Insane asylums in Bengal annual reports 1876-1887 - 1876-1887
Year: 1876
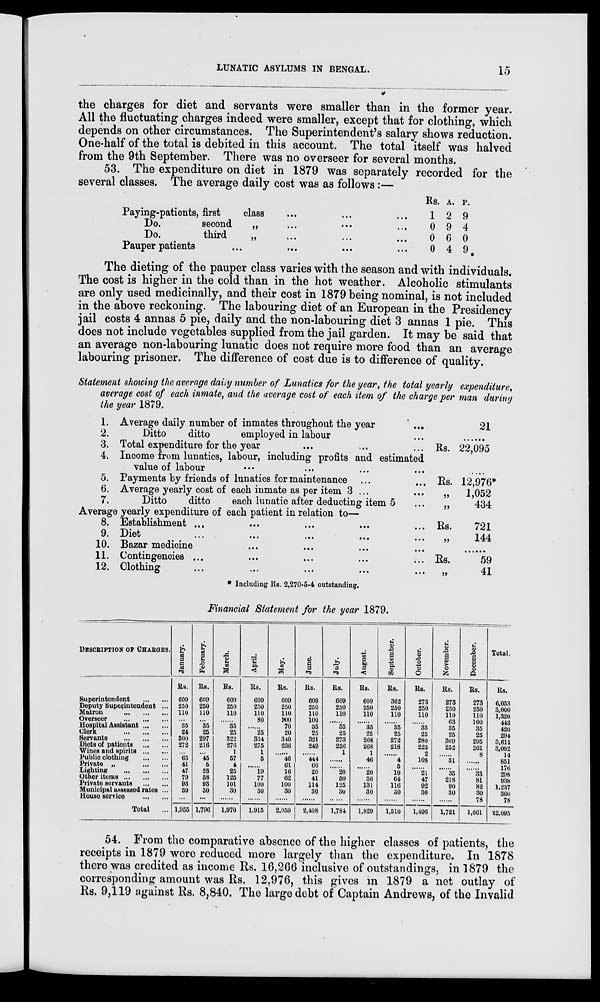
LUNATIC ASYLUMS IN BENGAL.
15
the charges for diet and servants were smaller than in the former year.
All the fluctuating charges indeed were smaller, except that for clothing, which
depends on other circumstances. The Superintendent's salary shows reduction.
One-half of the total is debited in this account. The total itself was halved
from the 9th September. There was no overseer for several months.
several classes.
53. The expenditure on diet in 1879 was separately recorded for the
The average daily cost was as follows:—
Paying-patients, first class ... ... ...
Do.
second
„ ... ... ...
Do.
third
„ ... ... ...
Pauper patients ... ... ... ...
Rs.
1
0
0
0
A.
2
9
6
4
P.
9
4
0
9
The dieting of the pauper class varies with the season and with individuals.
The cost is higher in the cold than in the hot weather. Alcoholic stimulants
are only used medicinally, and their cost in 1879 being nominal, is not included
in the above reckoning. The labouring diet of an European in the Presidency
jail costs 4 annas 5 pie, daily and the non-labouring diet 3 annas 1 pie. This
does not include vegetables supplied from the jail garden. It may be said that
an average non-labouring lunatic does not require more food than an average
labouring prisoner. The difference of cost due is to difference of quality.
Statement showing the average daily number of Lunatics for the year, the total yearly expenditure,
average cost of each inmate, and the average cost of each item of the charge per man during
the year 1879.
1.
2.
3.
4.
5.
6.
7.
Average daily number of inmates throughout the year
Ditto
ditto
employed in labour ...
Total expenditure for the year ... ... ...
Rs.
21
22,095
Income from lunatics, labour, including profits and estimated
value of labour
...
...
...
...
...
Payments by friends of lunatics for maintenance ... ...
Average yearly cost of each inmate as per item 3 ... ...
Ditto
ditto
each lunatic after deducting item 5 ...
Rs.
„
„
12,976*
1,052
434
Average yearly expenditure of each patient in relation to—
8.
9.
10.
11.
12.
Establishment ... ... ... ... ...
Died
...
...
...
...
...
Bazar medicine ... ... ... ...
Contingencies ...
Clothing ... ... ... ... ...
Rs.
„
Rs.
„
721
144
......
59
41
* Including Rs. 2,270-5-4 outstanding.
Financial Statement for the year 1879.
DESCRIPTION OF CHARGES.
Superintendent
... ...
Deputy Superintendent ...
Matron
... ... ...
Overseer ... ... ...
Hospital Assistant ... ...
Clerk
... ... ...
Servants
... ... ...
Diets of patients ... ...
Wines and spirits
... ...
Public clothing ... ...
Private „
...
...
Lighting
...
... ...
Other items ... ... ...
Private servants
... ...
Municipal assessed rates ...
House service ... ...
Total ...
January.
Rs.
609
250
110
...
35
24
300
272
...
65
41
47
79
93
30
...
1,955
February.
Rs.
609
250
110
...
35
25
297
216
...
45
5
23
58
93
30
...
1,796
March.
Rs.
609
250
110
......
35
25
322
276
1
57
4
25
125
101
30
......
1,970
April.
Rs.
609
250
110
80
......
25
334
275
1
5
......
19
77
100
30
......
1,915
May.
Rs.
609
250
110
100
70
20
340
236
......
46
61
16
62
100
30
......
2,050
June.
Rs.
609
250
110
100
35
25
321
249
......
444
60
20
41
114
30
......
2,408
July.
Rs.
609
250
110
......
35
25
273
256
1
......
......
20
50
125
30
1,784
August.
Rs.
609
250
110
......
35
25
268
268
1
46
......
20
36
131
30
......
1,829
September.
Rs.
362
250
110
......
35
25
272
218
......
4
5
19
64
116
30
1,510
October.
Rs.
273
250
110
......
35
25
280
223
2
108
......
21
47
92
30
1,496
November.
Rs.
273
250
110
63
35
25
309
252
......
31
......
35
218
90
30
......
1,721
December.
Rs.
273
250
110
100
35
25
295
261
8
......
......
33
81
82
30
78
1,661
Total.
Rs.
6,053
3,000
1,320
443
420
294
3,611
3,002
14
851
176
298
938
1,237
360
78
22,095
54. From the comparative absence of the higher classes of patients, the
receipts in 1879 were reduced more largely than the expenditure. In 1878
there was credited as income Rs. 16,266 inclusive of outstandings, in 1879 the
corresponding amount was Rs. 12,976, this gives in 1879 a net outlay of
Rs. 9,119 against Rs. 8,840. The large debt of Captain Andrews, of the Invalid